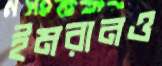
ইমরানও